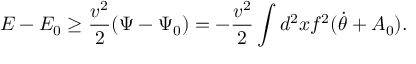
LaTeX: E - E _ { 0 } \ge \frac { v ^ { 2 } } { 2 } ( \Psi - \Psi _ { 0 } ) = - \frac { v ^ { 2 } } { 2 } \int d ^ { 2 } x f ^ { 2 } ( \dot { \theta } + A _ { 0 } ) .